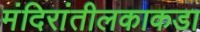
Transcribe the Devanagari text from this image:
मंदिरांतीलकाकडा